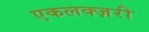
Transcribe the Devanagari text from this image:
एकलक्ज़री